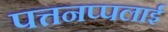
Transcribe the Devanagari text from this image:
पत्तनप्पलाई